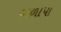
બળાપા